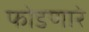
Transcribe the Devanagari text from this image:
फोडणारे